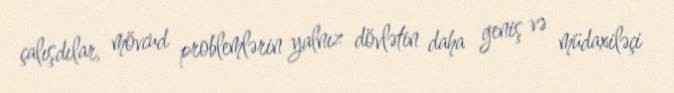
çalışdılar, mövcud problemlərin yalnız dövlətin daha geniş və müdaxiləçi